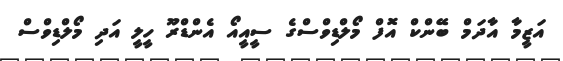
އަޒީމާ އާދަމް ބޭންކް އޮފް މޯލްޑިވްސްގެ ސީއީއޯ އެންޑްރޫ ހީލީ އަދި މޯލްޑިވްސް